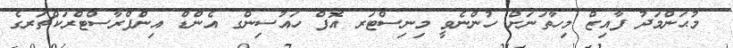
މުޙަންމަދު ފާއިޒް މިހާތަނަށް ހުންނެވީ މިނިސްޓަރ އޮފް ހައުސިންގ އެންޑް އިންފްރާސްޓްރަކްޗަރގެ